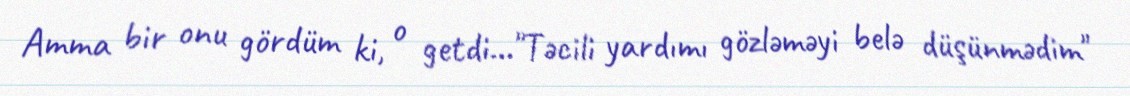
Amma bir onu gördüm ki, o getdi..."Təcili yardımı gözləməyi belə düşünmədim"